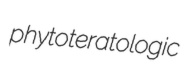
phytoteratologic